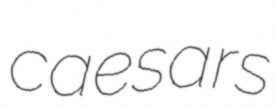
caesars